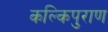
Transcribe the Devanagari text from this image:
कल्किपुराण